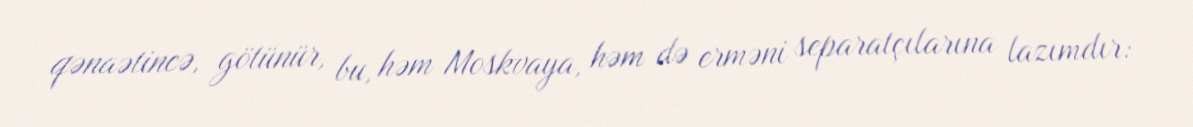
qənaətincə, götünür, bu, həm Moskvaya, həm də erməni separatçılarına lazımdır: